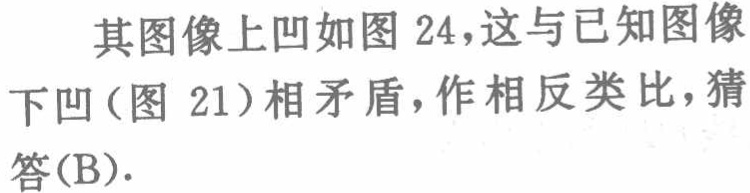
其图像上凹如图 24，这与已知图像下凹(图 21)相矛盾，作相反类比，猜答(B).